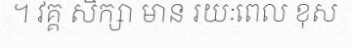
។ វគ្គ សិក្សា មាន រយៈពេល ខុស